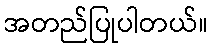
အတည်ပြုပါတယ်။